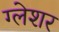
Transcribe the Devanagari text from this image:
ग्लेशर